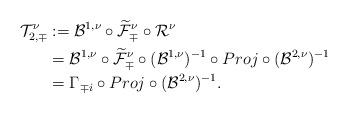
LaTeX: \begin{align*}\mathcal{T}^\nu_{2,\mp} &:= \mathcal{B}^{1,\nu} \circ \widetilde{\mathcal{F}}^\nu_{\mp} \circ \mathcal{R}^\nu\\& =\mathcal{B}^{1,\nu} \circ \widetilde{\mathcal{F}}^\nu_{\mp} \circ (\mathcal{B}^{1,\nu})^{-1}\circ Proj\circ (\mathcal{B}^{2,\nu})^{-1}\\& = \Gamma_{{\mp}i} \circ Proj\circ (\mathcal{B}^{2,\nu})^{-1} .\end{align*}